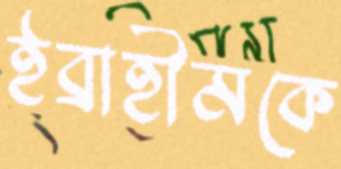
ইব্রাহীমকে